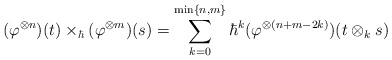
\begin{align*}(\varphi^{\otimes n})(t)\times_\hbar (\varphi^{\otimes m})(s)=\sum_{k=0}^{{\rm min}\{n,m\}}\hbar^k(\varphi^{\otimes (n+m-2k)}) (t\otimes_{k} s)\end{align*}